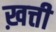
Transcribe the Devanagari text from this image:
ख़त्ती